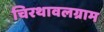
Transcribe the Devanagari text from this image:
चिरथावलग्राम